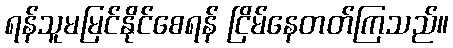
ရန်သူမမြင်နိုင်စေရန် ငြိမ်နေတတ်ကြသည်။